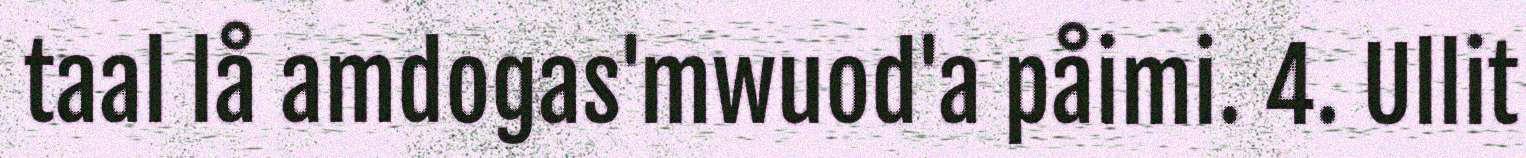
taal lå amdogas'mwuod'a påimi. 4. Ullit